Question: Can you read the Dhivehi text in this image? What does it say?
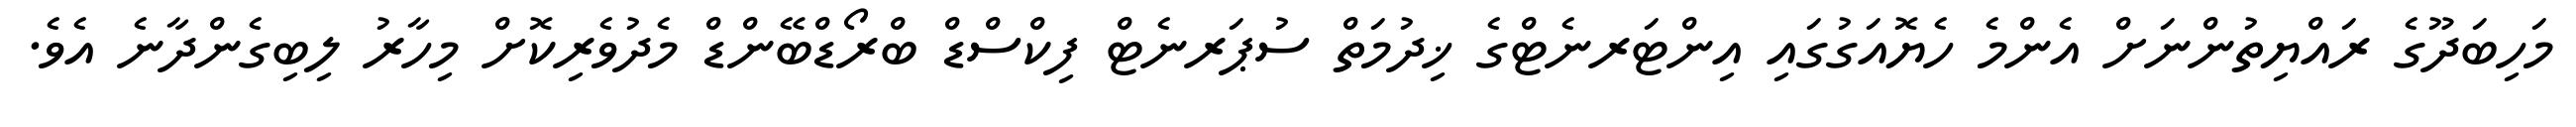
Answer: މަހިބަދޫގެ ރައްޔިތުންނަށް އެންމެ ހެޔޮއަގުގައި އިންޓަރނެޓްގެ ޚިދުމަތް ސުޕަރނެޓް ފިކްސްޑް ބްރޯޑްބޭންޑް މެދުވެރިކޮށް މިހާރު ލިބިގެންދާނެ އެވެ.